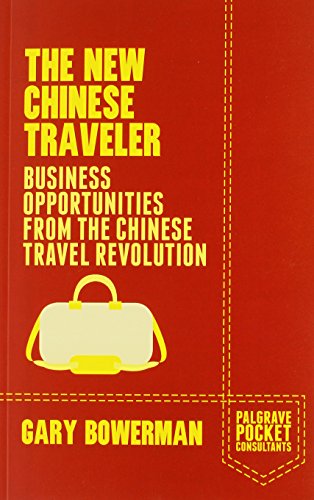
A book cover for The New Chinese Traveler: Business Opportunities from the Chinese Travel Revolution (Palgrave Pocket Consultants); Gary Bowerman; Travel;